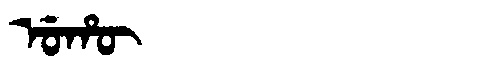
Manchu: ᡠᡥᡡ
Romanization: UHŪ